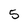
Character: 5